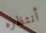
أنتظره